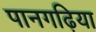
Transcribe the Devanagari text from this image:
पानगढ़िया